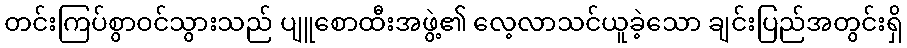
တင်းကြပ်စွာဝင်သွားသည် ပျူစောထီးအဖွဲ့၏ လေ့လာသင်ယူခဲ့သော ချင်းပြည်အတွင်းရှိ